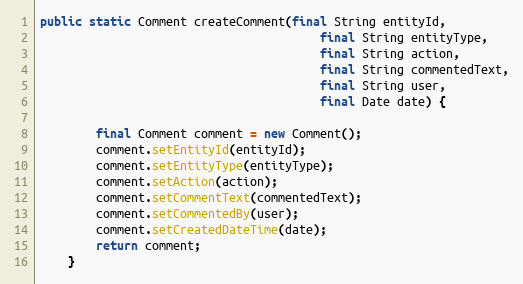
Language: Java
public static Comment createComment(final String entityId,
										final String entityType,
										final String action,
										final String commentedText,
										final String user,
										final Date date) {

		final Comment comment = new Comment();
		comment.setEntityId(entityId);
		comment.setEntityType(entityType);
		comment.setAction(action);
		comment.setCommentText(commentedText);
		comment.setCommentedBy(user);
		comment.setCreatedDateTime(date);
		return comment;
	}